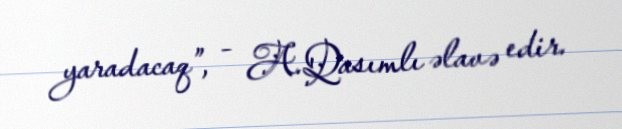
yaradacaq”, - A.Qasımlı əlavə edir.